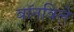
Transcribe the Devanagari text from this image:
बॉनविले